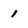
Character: 1